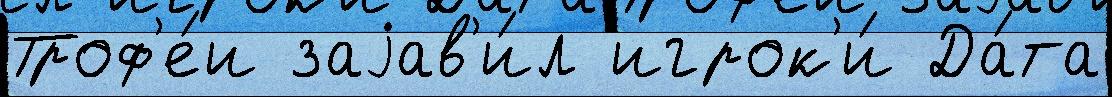
Троф'е́и заjав'и́л игрок'и́ Да́та